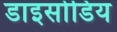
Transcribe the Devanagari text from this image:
डाइसोडिय